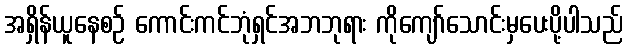
အရှိန်ယူနေစဉ် ကောင်းကင်ဘုံရှင်အဘဘုရား ကိုကျော်သောင်းမှပေးပို့ပါသည်